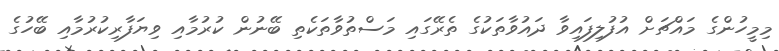
މިމީހުންގެ މައްޗަށް އުފުލިފައިވާ ދައުވާތަކުގެ ތެރޭގައި މަސްތުވާތަކެތި ބޭނުން ކުރުމާއި ވިޔަފާރިކުރުމާއި ބޭހުގެ